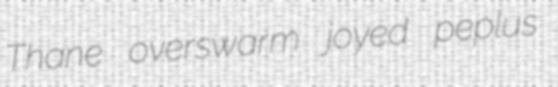
Thane overswarm joyed peplus